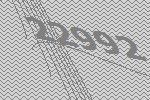
22992